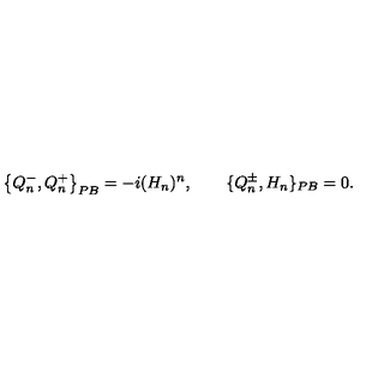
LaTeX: \left\{ Q _ { n } ^ { - } , Q _ { n } ^ { + } \right\} _ { P B } = - i ( H _ { n } ) ^ { n } , \qquad \{ Q _ { n } ^ { \pm } , H _ { n } \} _ { P B } = 0 .